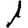
Digit: 1